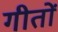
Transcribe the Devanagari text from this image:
गीतों